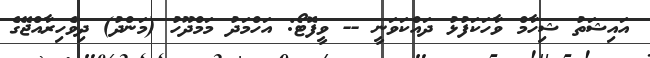
އައިޝަތު ޝިހާމް ވާހަކަފުޅު ދައްކަވަނީ -- ވީފޮޓޯ: އަހްމަދު މަމްދޫހު (މަންދު) ދިވެހިރާއްޖޭގެ